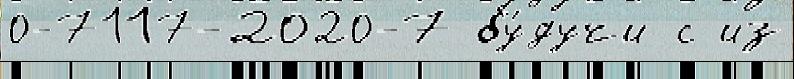
0-7117-2020-7 бу́дучи с из